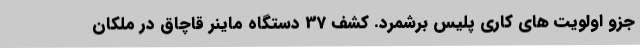
جزو اولویت های کاری پلیس برشمرد. کشف 37 دستگاه ماینر قاچاق در ملکان